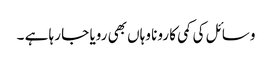
وسائل کی کمی کا رونا وہاں بھی رویا جا رہا ہے ۔